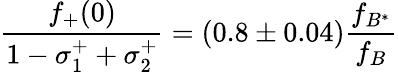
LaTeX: \frac{f_{+}(0)}{1-\sigma_{1}^{+}+\sigma_{2}^{+}}=(0.8\pm 0.04)\frac{f_{B^{*}}}{f_{B}}